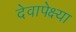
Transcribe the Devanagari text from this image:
देवापेक्ष्या